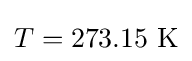
{\textstyle T=273.15\ \mathrm {K} }